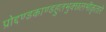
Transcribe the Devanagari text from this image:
प्रोद्दण्डकाण्डहुतभुक्छलभीकृतारे